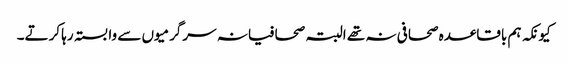
کیونکہ ہم باقاعدہ صحافی نہ تھے البتہ صحافیانہ سرگرمیوں سے وابستہ رہا کرتے۔